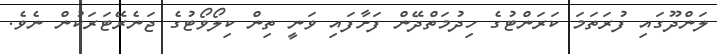
ލަންދޫގައި ފުރަތަމަ ކަރަންޓުގެ ހިދުމަތްދޭން ފަށާފައި ވަނީ ތިން ކިލޯވޯޓުގެ ޖަނެރޭޓަރަކުން ނެވެ.